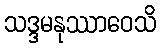
သဒ္ဒမနုဿာဝေသိ